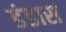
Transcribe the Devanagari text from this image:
डंडास